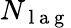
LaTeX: N_{\mathrm{~l~a~g~}}